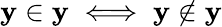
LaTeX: \mathbf{y}\in\mathbf{y}\iff\mathbf{y}\notin\mathbf{y}